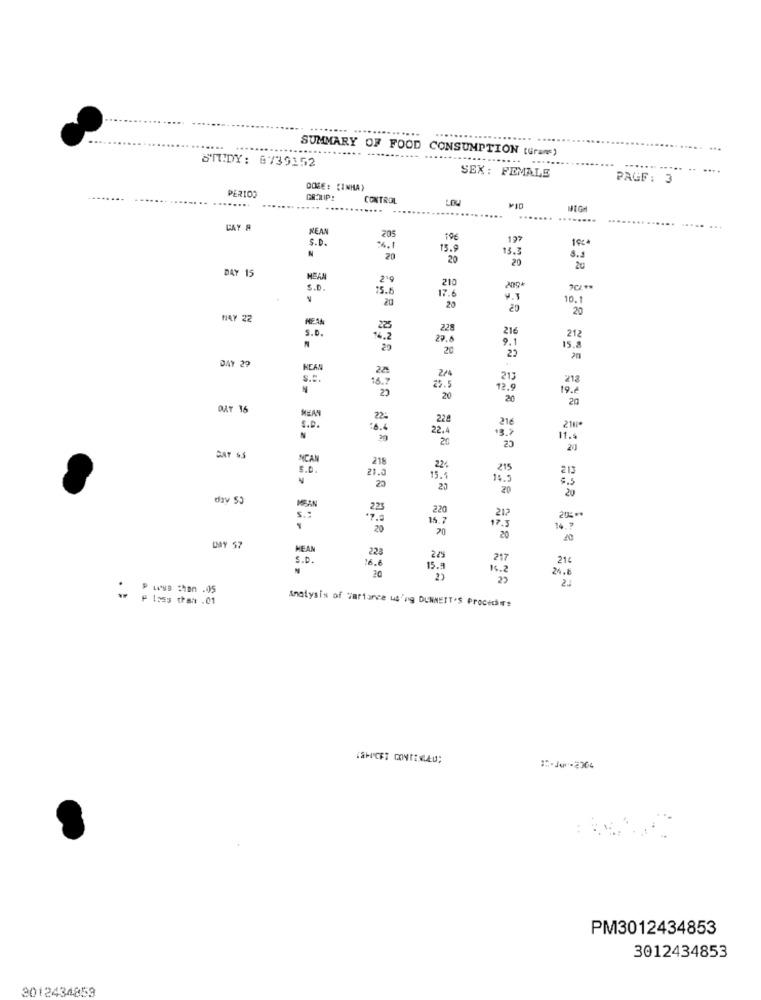
...
.......
..... .....
SUMMARY OF FOOD
CONSUMPTION (Grams
STUDY: 0739152
.....
SEX: FEMALE
PAGF: 3
DOZE : {1NMA)
PERIOD
CONTROL
LOW
HIGH
CAY A
REAN
205
10€
197
S.D.
15.9
13.3
20
20
20
8.5
DAY 15
MEAN
2'9
S.D.
15.6
17.6
210
20
V.
10.
20
20
20
147 22
S.D.
228
216
212
14.2
29.6
9.1
15.2
29
20
22
DAY 29
KEAN
225
2/4
16.7
25.5
213
218
N
12.
19.4
20
20
DAT 16
MEAN
224
228
216
S.e.
22.4
13.)
20
11.4
20
20
BAY &S
NCAN
218
5.D.
21.
224
215
213
20
15.5
14.5
27
20
20
day 50
225
220
s .:
-7.8
15.7
212
205 **
20
70
14.7
20
20
DMAY 57
MEAN
228
S.D.
16.6
224
217
214
20
15.
16.2
24.8
22
Plass than .01
Analysis of Variance wang DUNNEIT'S Procedim:
PM3012434853
3012434853
3012434853